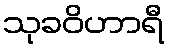
သုခဝိဟာရီ